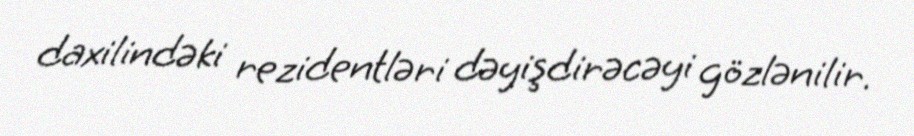
daxilindəki rezidentləri dəyişdirəcəyi gözlənilir.